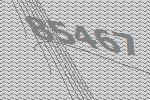
85467